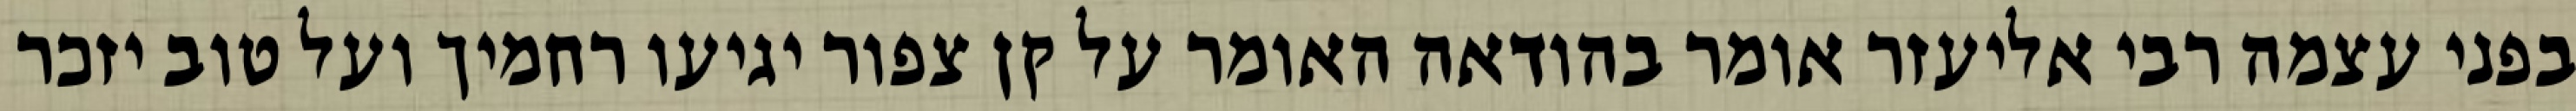
בפני עצמה רבי אליעזר אומר בהודאה האומר על קן צפור יגיעו רחמיך ועל טוב יזכר